Civil Veterinary Dept. Bombay admin report 1923-31 - 1923-1931
Year: 1923
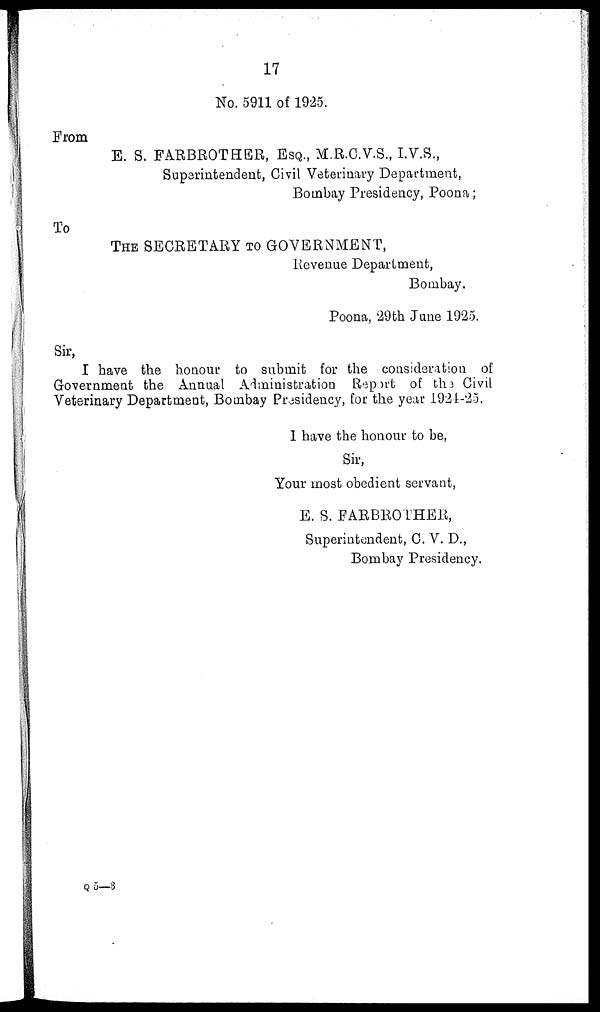
17
No. 5911 of 1925.
From
E. S. FARBROTHER, ESQ., M.R.C.V.S., I.V.S.,
Superintendent, Civil Veterinary Department,
Bombay Presidency, Poona;
To
THE SECRETARY TO GOVERNMENT,
Revenue Department,
Bombay.
Poona, 29th June 1925.
Sir,
I have the honour to submit for the consideration of
Government the Annual Administration Report of the Civil
Veterinary Department, Bombay Presidency, for the year 1921-25.
1 have the honour to be,
Sir,
Your most obedient servant,
E. S. FARBROTHER,
Superintendent, C. V. D.,
Bombay Presidency.
Q 5—3